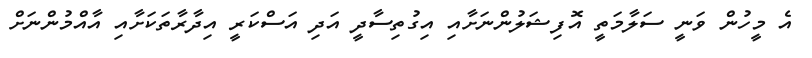
އެ މީހުން ވަނީ ސަލާމަތީ އޮފިޝަލުންނަށާއި އިގުތިސާދީ އަދި އަސްކަރީ އިދާރާތަކަށާއި އާއްމުންނަށް